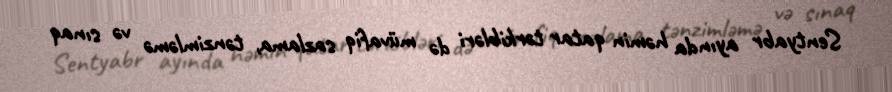
Sentyabr ayında həmin qatar tərkibləri də müvafiq sazlama, tənzimləmə və sınaq